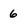
Character: 6